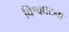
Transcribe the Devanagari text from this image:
विश्वघटना